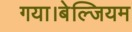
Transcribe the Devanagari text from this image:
गया।बेल्जियम